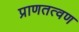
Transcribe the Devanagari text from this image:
प्राणतत्वण